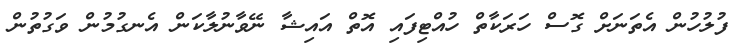
ފުލުހުން އެތަނަށް ގޮސް ހަރަކާތް ހުއްޓިފައި އޮތް އައިޝާ ނޭވާނުލާކަން އެނގުމުން ވަގުތުން